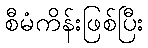
စီမံကိန်းဖြစ်ပြီး